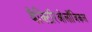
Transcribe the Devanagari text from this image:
बैक्टिरिओलॉजिकल